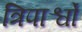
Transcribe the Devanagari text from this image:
त्रिपार्श्वों